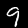
Label: 9